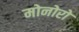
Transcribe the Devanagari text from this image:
मोनोरो